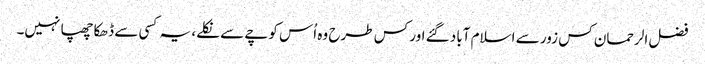
فضل الرحمان کس زور سے اسلام آباد گئے اور کس طرح وہ اُس کوچے سے نکلے، یہ کسی سے ڈھکا چھپا نہیں۔